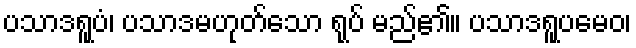
ပသာဒရူပံ၊ ပသာဒမဟုတ်သော ရုပ် မည်၏။ ပသာဒရူပမေဝ၊